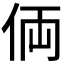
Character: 𠈓